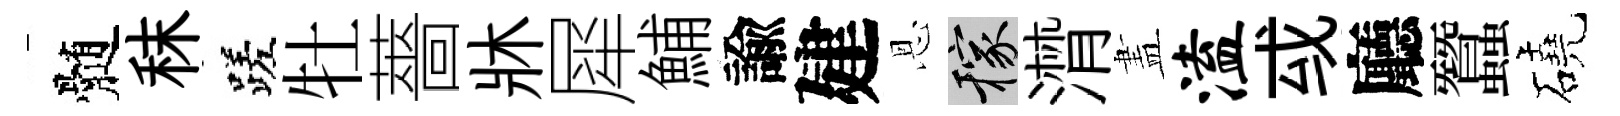
髄秣蹉牡薔牀犀鯆諭建恩稼潸𥁞溘㦯廳蠶磽